Annual report on the Civil Veterinary Department, Burma (including the Insein Veterinary School) - 1923-1931
Year: 1923
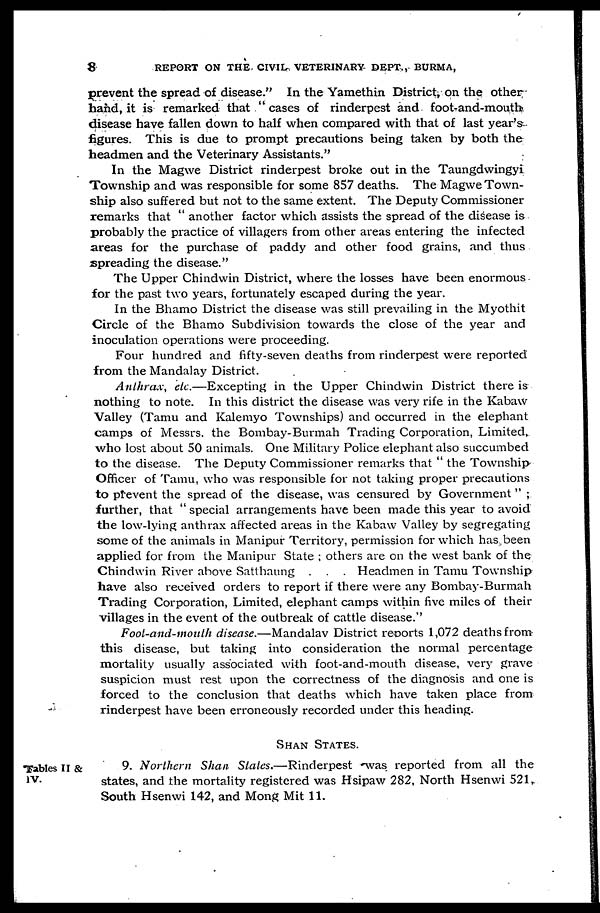
8
REPORT ON THE CIVIL VETERINARY DEPT., BURMA,
prevent the spread of disease." In the Yamethin District, on the other
hand, it is remarked that " cases of rinderpest and foot-and-mouth
disease have fallen down to half when compared with that of last year's
figures. This is due to prompt precautions being taken by both the
headmen and the Veterinary Assistants."
In the Magwe District rinderpest broke out in the Taungdwingyi
Township and was responsible for some 857 deaths. The Magwe Town-
ship also suffered but not to the same extent. The Deputy Commissioner
remarks that " another factor which assists the spread of the disease is
probably the practice of villagers from other areas entering the infected
areas for the purchase of paddy and other food grains, and thus
spreading the disease."
The Upper Chindwin District, where the losses have been enormous
for the past two years, fortunately escaped during the year.
In the Bhamo District the disease was still prevailing in the Myothit
Circle of the Bhamo Subdivision towards the close of the year and
inoculation operations were proceeding.
Four hundred and fifty-seven deaths from rinderpest were reported
from the Mandalay District.
Anthrax, etc.—Excepting in the Upper Chindwin District there is
nothing to note. In this district the disease was very rife in the Kabaw
Valley (Tamu and Kalemyo Townships) and occurred in the elephant
camps of Messrs. the Bombay-Burmah Trading Corporation, Limited,
who lost about 50 animals. One Military Police elephant also succumbed
to the disease. The Deputy Commissioner remarks that " the Township
Officer of Tamu, who was responsible for not taking proper precautions
to prevent the spread of the disease, was censured by Government " ;
further, that " special arrangements have been made this year to avoid
the low-lying anthrax affected areas in the Kabaw Valley by segregating
some of the animals in Manipur Territory, permission for which has been
applied for from the Manipur State ; others are on the west bank of the
Chindwin River above Satthaung . . . Headmen in Tamu Township
have also received orders to report if there were any Bombay-Burmah
Trading Corporation, Limited, elephant camps within five miles of their
villages in the event of the outbreak of cattle disease."
Foot-and-mouth disease.—Mandalav District reports 1,072 deaths from
this disease, but taking into consideration the normal percentage
mortality usually associated with foot-and-mouth disease, very grave
suspicion must rest upon the correctness of the diagnosis and one is
forced to the conclusion that deaths which have taken place from
rinderpest have been erroneously recorded under this heading.
SHAN STATES.
Tables II &
IV.
9. Northern Shan States.—Rinderpest
was reported from all the
states, and the mortality registered was Hsipaw 282, North Hsenwi 521,
South Hsenwi 142, and Mong Mit 11.